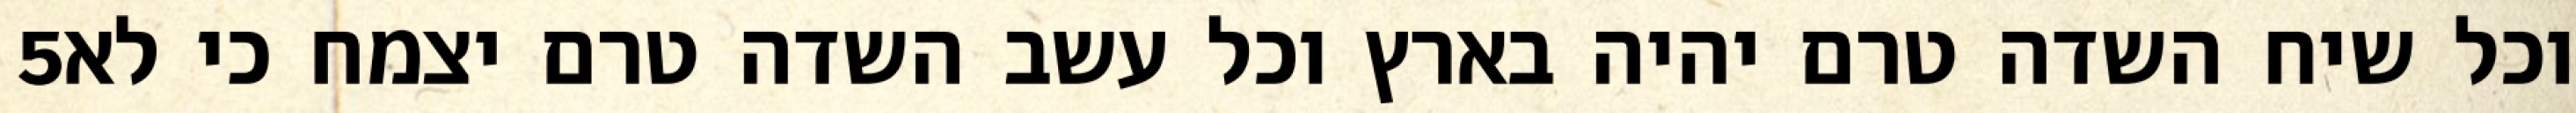
‎5‏ וכל שיח השדה טרם יהיה בארץ וכל עשב השדה טרם יצמח כי לא